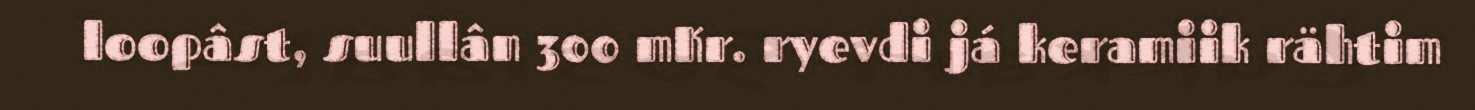
loopâst, suullân 300 mKr. ryevdi já keramiik rähtim